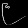
Digit: ၉